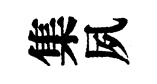
集夙